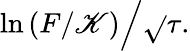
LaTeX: \ln\left(F/\mathscr{K}\right){\Big/}{\sqrt{}{{\tau}}}.